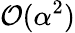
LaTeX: \mathcal{O}(\alpha^{2})